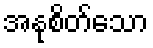
အနုစိတ်သော